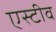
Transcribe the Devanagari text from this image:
एस्टीव